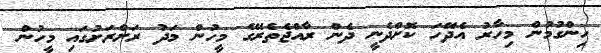
ހިންގުމުން މިހާރު އެދޭހަ ކޮށްދެނީ ދެން ރާއްޖެތެރޭގެ މީހުން މަދު ރަށްރަށުގައި މީހުން